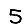
Digit: 5